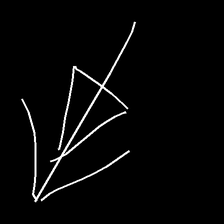
Glyph: pull